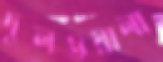
দুলওয়ালা